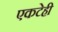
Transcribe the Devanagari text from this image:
एकटेही